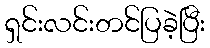
ရှင်းလင်းတင်ပြခဲ့ပြီး